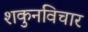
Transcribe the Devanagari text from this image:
शकुनविचार